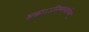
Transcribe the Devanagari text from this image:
श्रद्धाऽऽतिथ्यमदर्चनम्